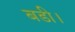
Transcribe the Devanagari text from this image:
बडी।